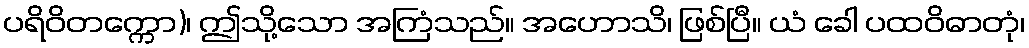
ပရိဝိတက္ကော)၊ ဤသို့သော အကြံသည်။ အဟောသိ၊ ဖြစ်ပြီ။ ယံ ခေါ ပထဝိဓာတုံ၊